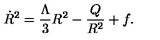
\dot { R } ^ { 2 } = { \frac { \Lambda } { 3 } } { R ^ { 2 } } - { \frac { Q } { R ^ { 2 } } } + f .